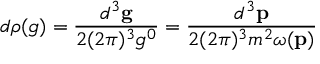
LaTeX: d \rho ( g ) = \frac { d ^ { 3 } { \bf g } } { 2 ( 2 \pi ) ^ { 3 } g ^ { 0 } } = \frac { d ^ { 3 } { \bf p } } { 2 ( 2 \pi ) ^ { 3 } m ^ { 2 } \omega ( { \bf p } ) }